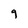
Character: 9